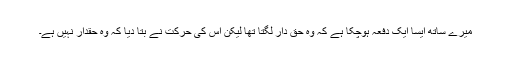
میرے ساتھ ایسا ایک دفعہ ہوچکا ہے کہ وہ حق دار لگتا تھا لیکن اس کی حرکت نے بتا دیا کہ وہ حقدار نہیں ہے۔